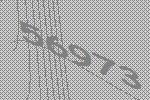
56973